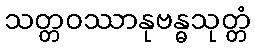
သတ္တဝဿာနုဗန္ဓသုတ္တံ